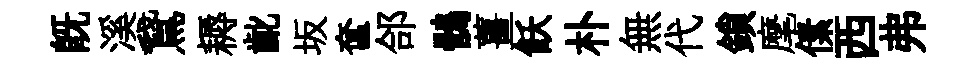
既溪鵞耨齔坂奩郃鶻薑飫朴無代鎖麾傃西弗